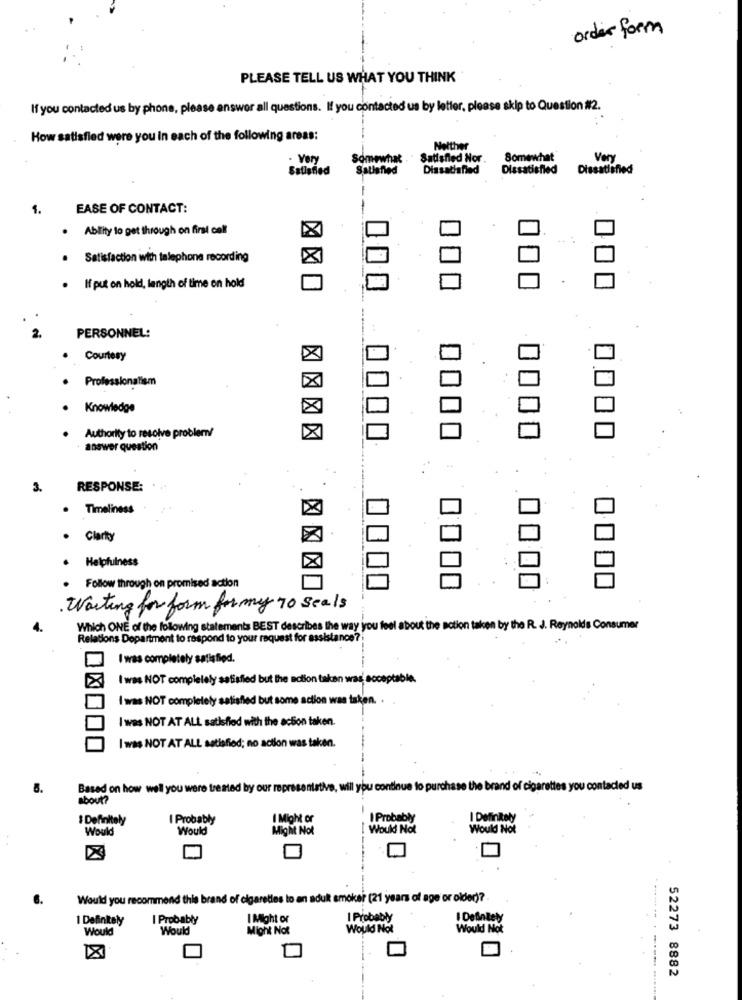
order form
PLEASE TELL US WHAT YOU THINK
If you contacted us by phone, please answer all questions. If you contacted us by letter, please skip to Question #2.
How satisfied were you in each of the following areas:
Neither
- Very
Somewhat
Satisfied Nor .
Somewhat
Very
Satisfied
Satisfied
Dissatisfied
Dissatisfied
Dissatisfied
1.
EASE OF CONTACT:
. Ability to get through on first call
. Satisfaction with talephone recording
If put on hold, length of time on hold
PERSONNEL:
Courtesy
Professionalism
. Knowledge
Authority to resolve problem!
answer question
3.
RESPONSE:
. Timeliness
Clarty
Helpfulness
Follow through on promised action
Waiting for form for my 70 seals
Which ONE of the following statements BEST describes the way you feel about the action taken by the R. J. Reynolds Consumer
Relations Department to respond to your request for assist
I was completely satisfied.
I was NOT completely satisfied but the action taken was acceptable
I was NOT completely satisfied but some action was taken. .
I was NOT AT ALL satisfied with the action taken.
I was NOT AT ALL satisfied; no action was taken.
5.
Based on how well you were treated by our representative, will you continue to purchase the brand of cigarettes you contacted us
about?
I Definitely
I Probably
I Might or
I Probably
I Definitely
Would
Would
Might Not
I Would Not
Would Not
Would you recommend this brand of cigarettes to an adult smoker (21 years of age or older)?
I Definitely
I Probably
I Might or
I Probably
I Definitely
Would
Would
Might Not
Would Not
Would Not
52273 8882